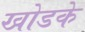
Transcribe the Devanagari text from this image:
खोडके